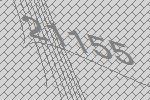
21155